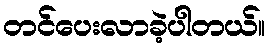
တင်ပေးလာခဲ့ပါတယ်။